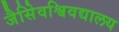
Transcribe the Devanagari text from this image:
जैसेिवश्विवद्यालय